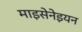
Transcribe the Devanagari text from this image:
माइसेनेइयन